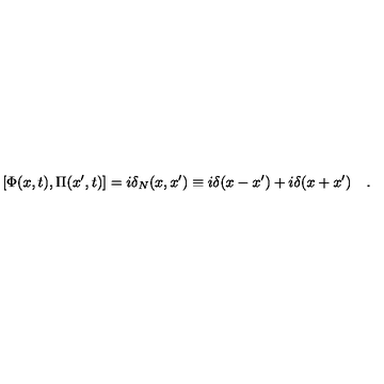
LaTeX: [ \Phi ( x , t ) , \Pi ( x ^ { \prime } , t ) ] = i \delta _ { N } ( x , x ^ { \prime } ) \equiv i \delta ( x - x ^ { \prime } ) + i \delta ( x + x ^ { \prime } ) \quad .